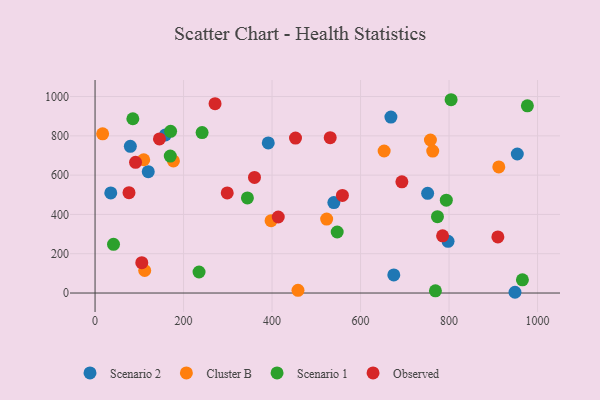
{"axis": {"x": "Investment", "y": "Exam Score"}, "legend": ["Cluster B", "Observed", "Scenario 1", "Scenario 2"], "data": [{"x": "668.6", "y": 895.4, "type": "Scenario 2"}, {"x": "391.4", "y": 764.1, "type": "Scenario 2"}, {"x": "35.5", "y": 509.3, "type": "Scenario 2"}, {"x": "120.2", "y": 617.7, "type": "Scenario 2"}, {"x": "954.2", "y": 707.5, "type": "Scenario 2"}, {"x": "797.7", "y": 263.1, "type": "Scenario 2"}, {"x": "79.7", "y": 746.6, "type": "Scenario 2"}, {"x": "751.6", "y": 507.6, "type": "Scenario 2"}, {"x": "949.0", "y": 3.8, "type": "Scenario 2"}, {"x": "539.7", "y": 460.3, "type": "Scenario 2"}, {"x": "159.0", "y": 804.8, "type": "Scenario 2"}, {"x": "675.1", "y": 92.2, "type": "Scenario 2"}, {"x": "112.2", "y": 114.6, "type": "Cluster B"}, {"x": "523.4", "y": 376.5, "type": "Cluster B"}, {"x": "757.9", "y": 778.7, "type": "Cluster B"}, {"x": "177.1", "y": 672.2, "type": "Cluster B"}, {"x": "110.0", "y": 678.2, "type": "Cluster B"}, {"x": "653.3", "y": 722.9, "type": "Cluster B"}, {"x": "397.8", "y": 368.2, "type": "Cluster B"}, {"x": "912.4", "y": 641.9, "type": "Cluster B"}, {"x": "17.1", "y": 810.1, "type": "Cluster B"}, {"x": "458.6", "y": 13.9, "type": "Cluster B"}, {"x": "763.1", "y": 722.5, "type": "Cluster B"}, {"x": "804.6", "y": 983.8, "type": "Scenario 1"}, {"x": "85.4", "y": 887.0, "type": "Scenario 1"}, {"x": "41.7", "y": 248.0, "type": "Scenario 1"}, {"x": "769.2", "y": 11.4, "type": "Scenario 1"}, {"x": "344.3", "y": 484.0, "type": "Scenario 1"}, {"x": "965.8", "y": 67.1, "type": "Scenario 1"}, {"x": "547.2", "y": 310.5, "type": "Scenario 1"}, {"x": "170.0", "y": 696.8, "type": "Scenario 1"}, {"x": "773.8", "y": 388.4, "type": "Scenario 1"}, {"x": "235.0", "y": 107.1, "type": "Scenario 1"}, {"x": "241.9", "y": 816.6, "type": "Scenario 1"}, {"x": "977.0", "y": 952.7, "type": "Scenario 1"}, {"x": "793.8", "y": 472.4, "type": "Scenario 1"}, {"x": "170.7", "y": 823.1, "type": "Scenario 1"}, {"x": "91.5", "y": 665.3, "type": "Observed"}, {"x": "145.5", "y": 784.2, "type": "Observed"}, {"x": "414.0", "y": 387.0, "type": "Observed"}, {"x": "910.3", "y": 285.6, "type": "Observed"}, {"x": "271.2", "y": 963.7, "type": "Observed"}, {"x": "785.4", "y": 291.1, "type": "Observed"}, {"x": "453.0", "y": 788.7, "type": "Observed"}, {"x": "693.4", "y": 566.1, "type": "Observed"}, {"x": "105.6", "y": 154.7, "type": "Observed"}, {"x": "531.4", "y": 790.9, "type": "Observed"}, {"x": "559.0", "y": 496.5, "type": "Observed"}, {"x": "76.7", "y": 510.7, "type": "Observed"}, {"x": "298.7", "y": 509.7, "type": "Observed"}, {"x": "360.3", "y": 588.2, "type": "Observed"}]}